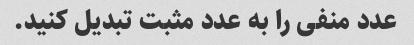
عدد منفی را به عدد مثبت تبدیل کنید.